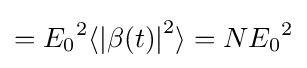
={E_{0}}^{2}{\langle \left\vert \beta (t)\right\vert }^{2}\rangle =N{E_{0}}^{2}